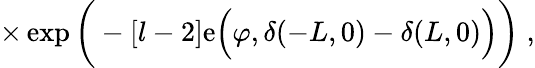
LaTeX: \times\exp\bigg(-[l-2]\mathrm{e}\Big(\varphi,\delta(-L,0)-\delta(L,0)\Big)\bigg)\; ,